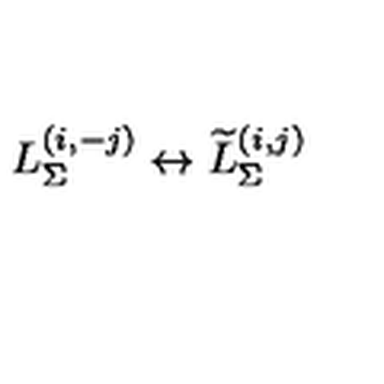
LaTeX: L _ { \Sigma } ^ { ( i , - j ) } \leftrightarrow \widetilde { L } _ { \Sigma } ^ { ( i , j ) }